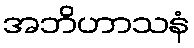
အဘိဟာသနံ